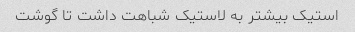
استیک بیشتر به لاستیک شباهت داشت تا گوشت